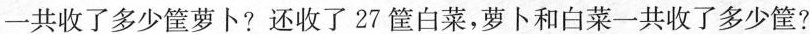
一共收了多少筐萝卜？还收了27筐白菜，萝卜和白菜一共收了多少筐？